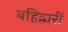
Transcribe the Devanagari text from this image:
बहिद्वारीं